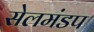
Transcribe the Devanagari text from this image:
सेलमंडप